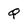
Character: Q